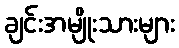
ချင်းအမျိုးသားများ